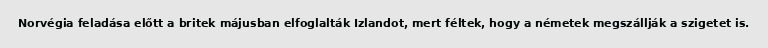
Norvégia feladása előtt a britek májusban elfoglalták Izlandot, mert féltek, hogy a németek megszállják a szigetet is.